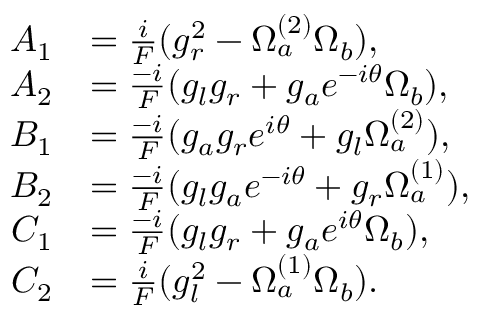
\begin{array} { r l } { A _ { 1 } } & { = \frac { i } { F } ( g _ { r } ^ { 2 } - \Omega _ { a } ^ { ( 2 ) } \Omega _ { b } ) , } \\ { A _ { 2 } } & { = \frac { - i } { F } ( g _ { l } g _ { r } + g _ { a } e ^ { - i \theta } \Omega _ { b } ) , } \\ { B _ { 1 } } & { = \frac { - i } { F } ( g _ { a } g _ { r } e ^ { i \theta } + g _ { l } \Omega _ { a } ^ { ( 2 ) } ) , } \\ { B _ { 2 } } & { = \frac { - i } { F } ( g _ { l } g _ { a } e ^ { - i \theta } + g _ { r } \Omega _ { a } ^ { ( 1 ) } ) , } \\ { C _ { 1 } } & { = \frac { - i } { F } ( g _ { l } g _ { r } + g _ { a } e ^ { i \theta } \Omega _ { b } ) , } \\ { C _ { 2 } } & { = \frac { i } { F } ( g _ { l } ^ { 2 } - \Omega _ { a } ^ { ( 1 ) } \Omega _ { b } ) . } \end{array}